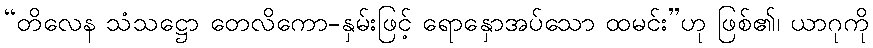
“တိလေန သံသဋ္ဌော တေလိကော-နှမ်းဖြင့် ရောနှောအပ်သော ထမင်း”ဟု ဖြစ်၏၊ ယာဂုကို